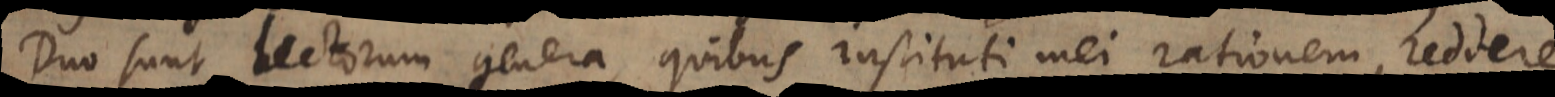
Duo sunt lectorum genera, quibus instituti mei rationem reddere